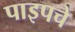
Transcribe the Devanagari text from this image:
पाइपचे